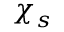
\boldsymbol { \chi } _ { s }